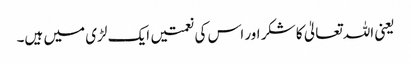
یعنی اللہ تعالیٰ کا شکر اور اس کی نعمتیں ایک لڑی میں ہیں۔